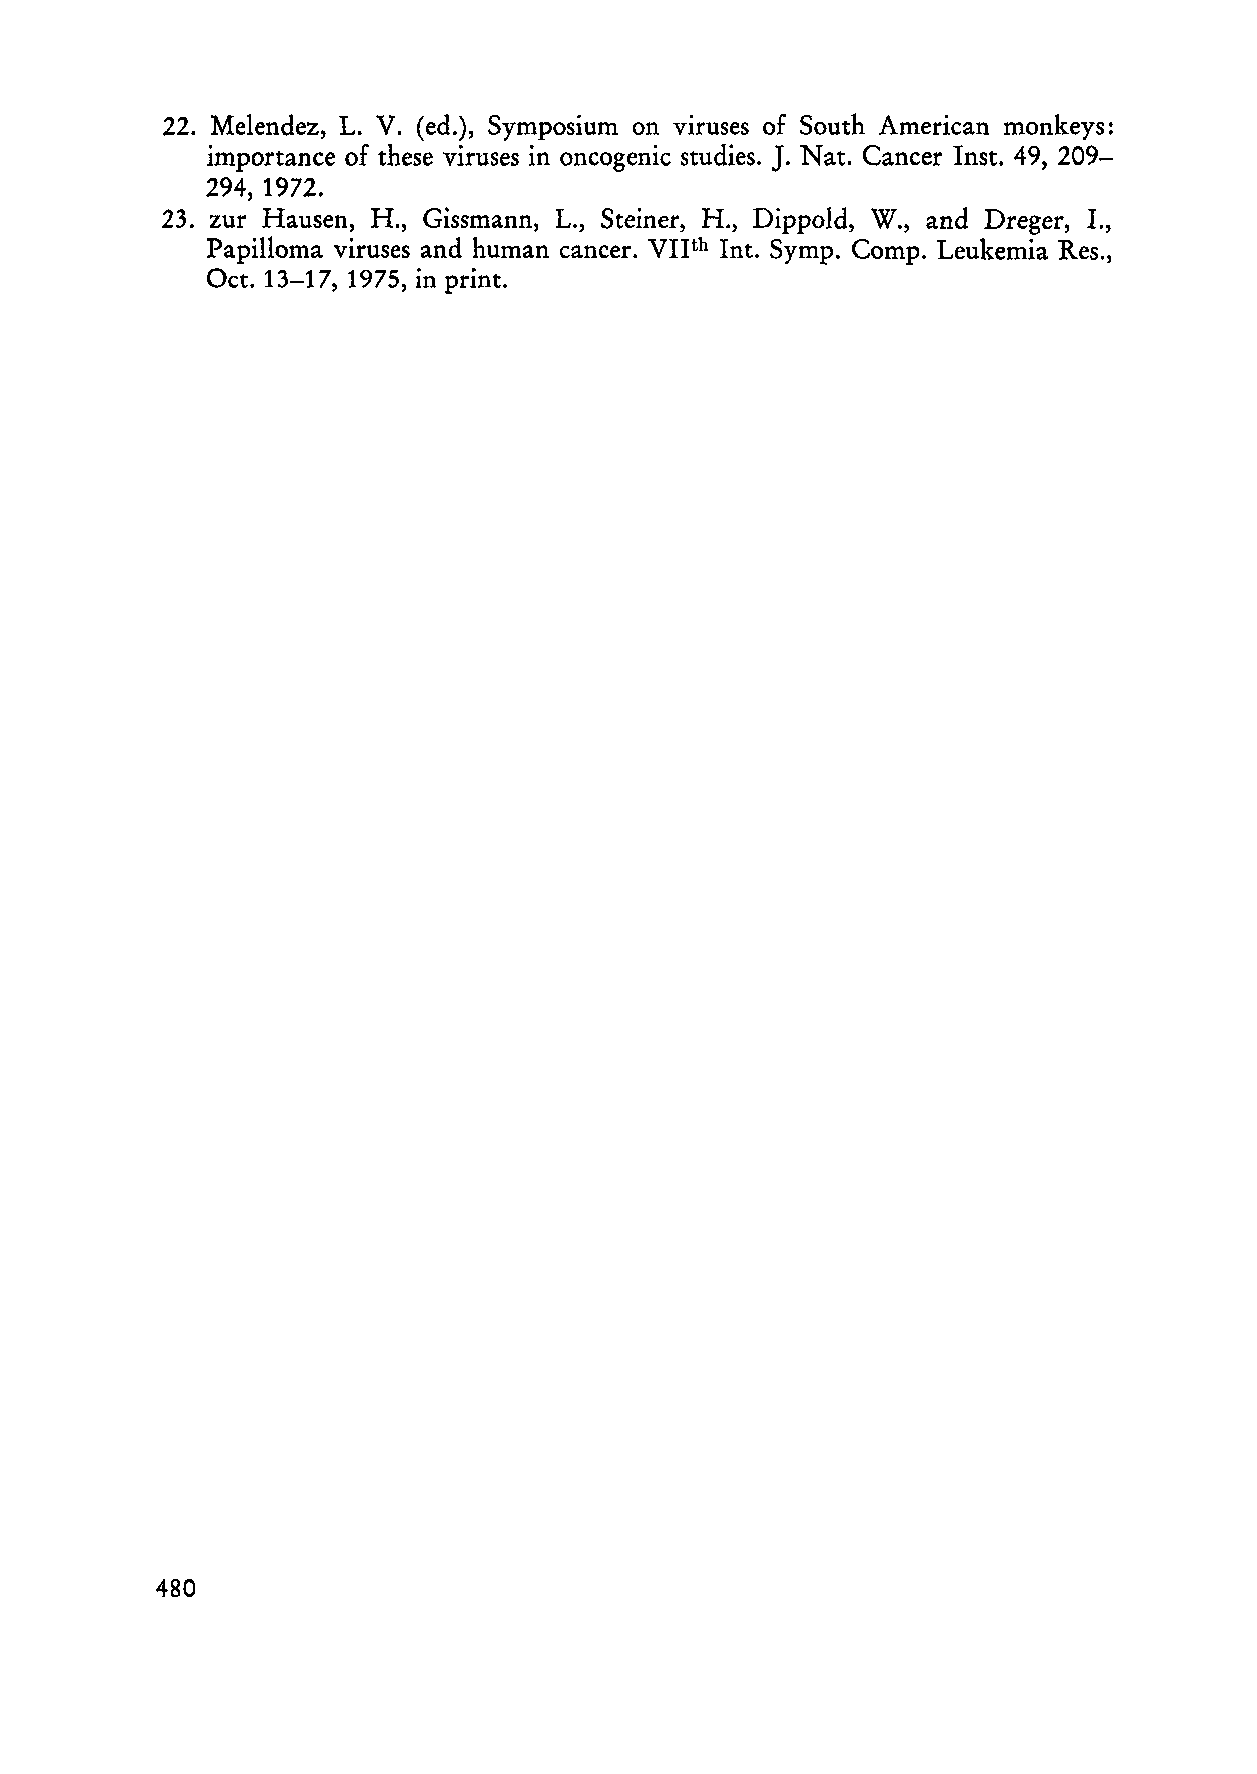
22. Melendez, L. V. (ed.), Symposium on viruses of South American monkeys:
 J.
 importance of these viruses in oncogenic studies. Nat. Cancer Inst. 49, 209-
 294, 1972.
 23. zur Hausen, H., Gissmann, L., Steiner, H., Dippold, W., and Dreger, I.,
 Papilloma viruses and human cancer. VIIth Int. Symp. Comp. Leukemia Res.,
 Oet. 13-17, 1975, in print.
 480